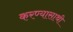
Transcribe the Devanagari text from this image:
करण्यासाथी